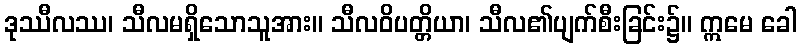
ဒုဿီလဿ၊ သီလမရှိသောသူအား။ သီလဝိပတ္တိယာ၊ သီလ၏ပျက်စီးခြင်း၌။ ဣမေ ခေါ